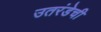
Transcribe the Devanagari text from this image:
उतरंडेची